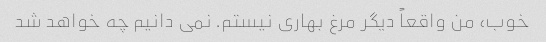
خوب، من واقعاً دیگر مرغ بهاری نیستم. نمی دانیم چه خواهد شد